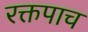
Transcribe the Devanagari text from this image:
रक्तपाच